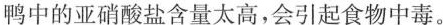
鸭中的亚硝酸盐含量太高，会引起食物中毒。